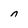
Character: n